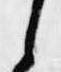
之